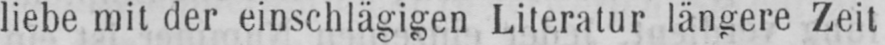
liebe mit der einschlägigen Literatur längere Zeit